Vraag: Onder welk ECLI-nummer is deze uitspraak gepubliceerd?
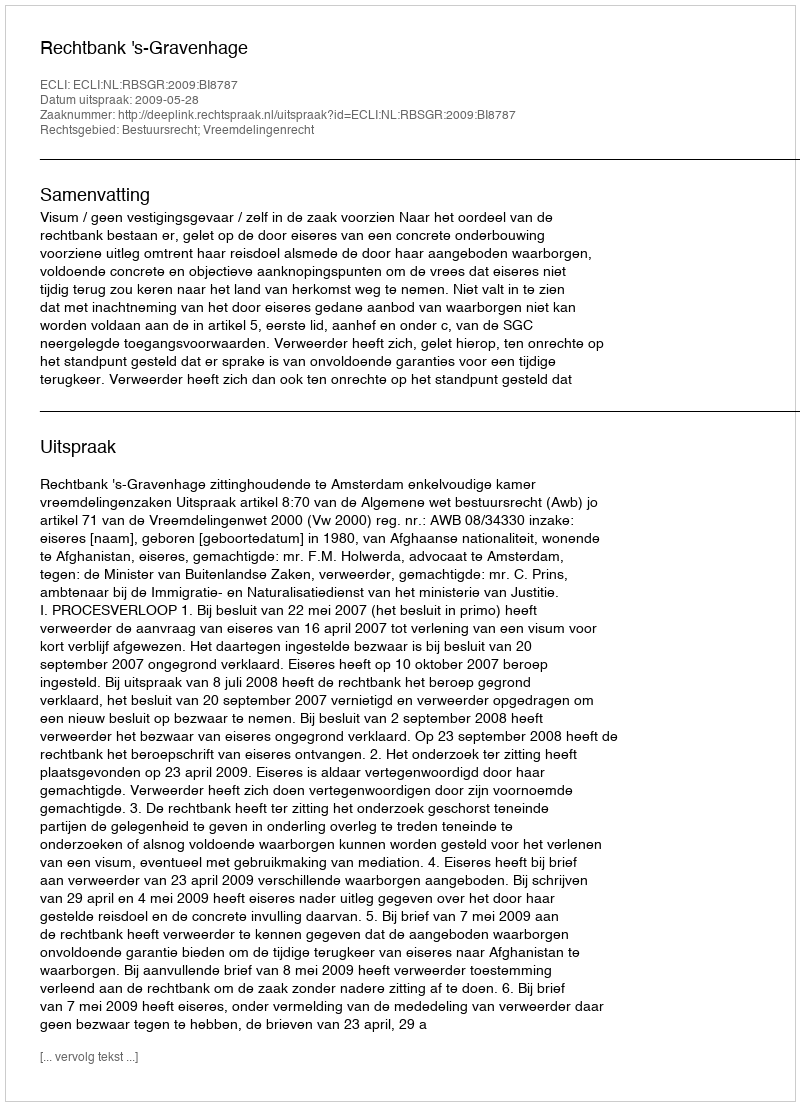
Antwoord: ECLI:NL:RBSGR:2009:BI8787